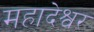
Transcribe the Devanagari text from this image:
महादेश्वर